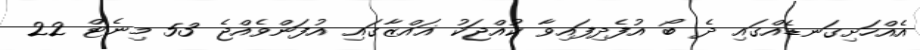
އެއްހަށިގަނޑެއްގައި ދެ ބޯ އުފެދިފައިވާ ކުއްޖަކު ޣައްޒާގައި އުފަންވެއްޖެ 53 މިނެޓް 22